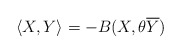
\begin{align*} \langle X, Y\rangle =- B(X, \theta \overline{Y}) \end{align*}